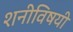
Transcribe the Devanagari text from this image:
शनीविषयी